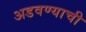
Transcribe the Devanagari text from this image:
अडवण्याची